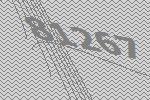
81267